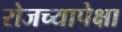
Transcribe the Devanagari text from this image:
रोजच्यापेक्षा